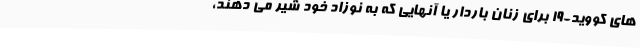
های کووید-19 برای زنان باردار یا آنهایی که به نوزاد خود شیر می دهند،